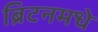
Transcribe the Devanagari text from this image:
ब्रिटनमधे